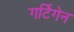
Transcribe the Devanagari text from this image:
गर्टिगेन